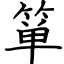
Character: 箪